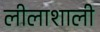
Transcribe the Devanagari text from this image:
लीलाशाली